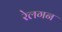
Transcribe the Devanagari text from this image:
रेलगन